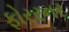
ફોરરનર